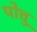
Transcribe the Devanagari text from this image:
पोत्तु